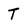
Character: T